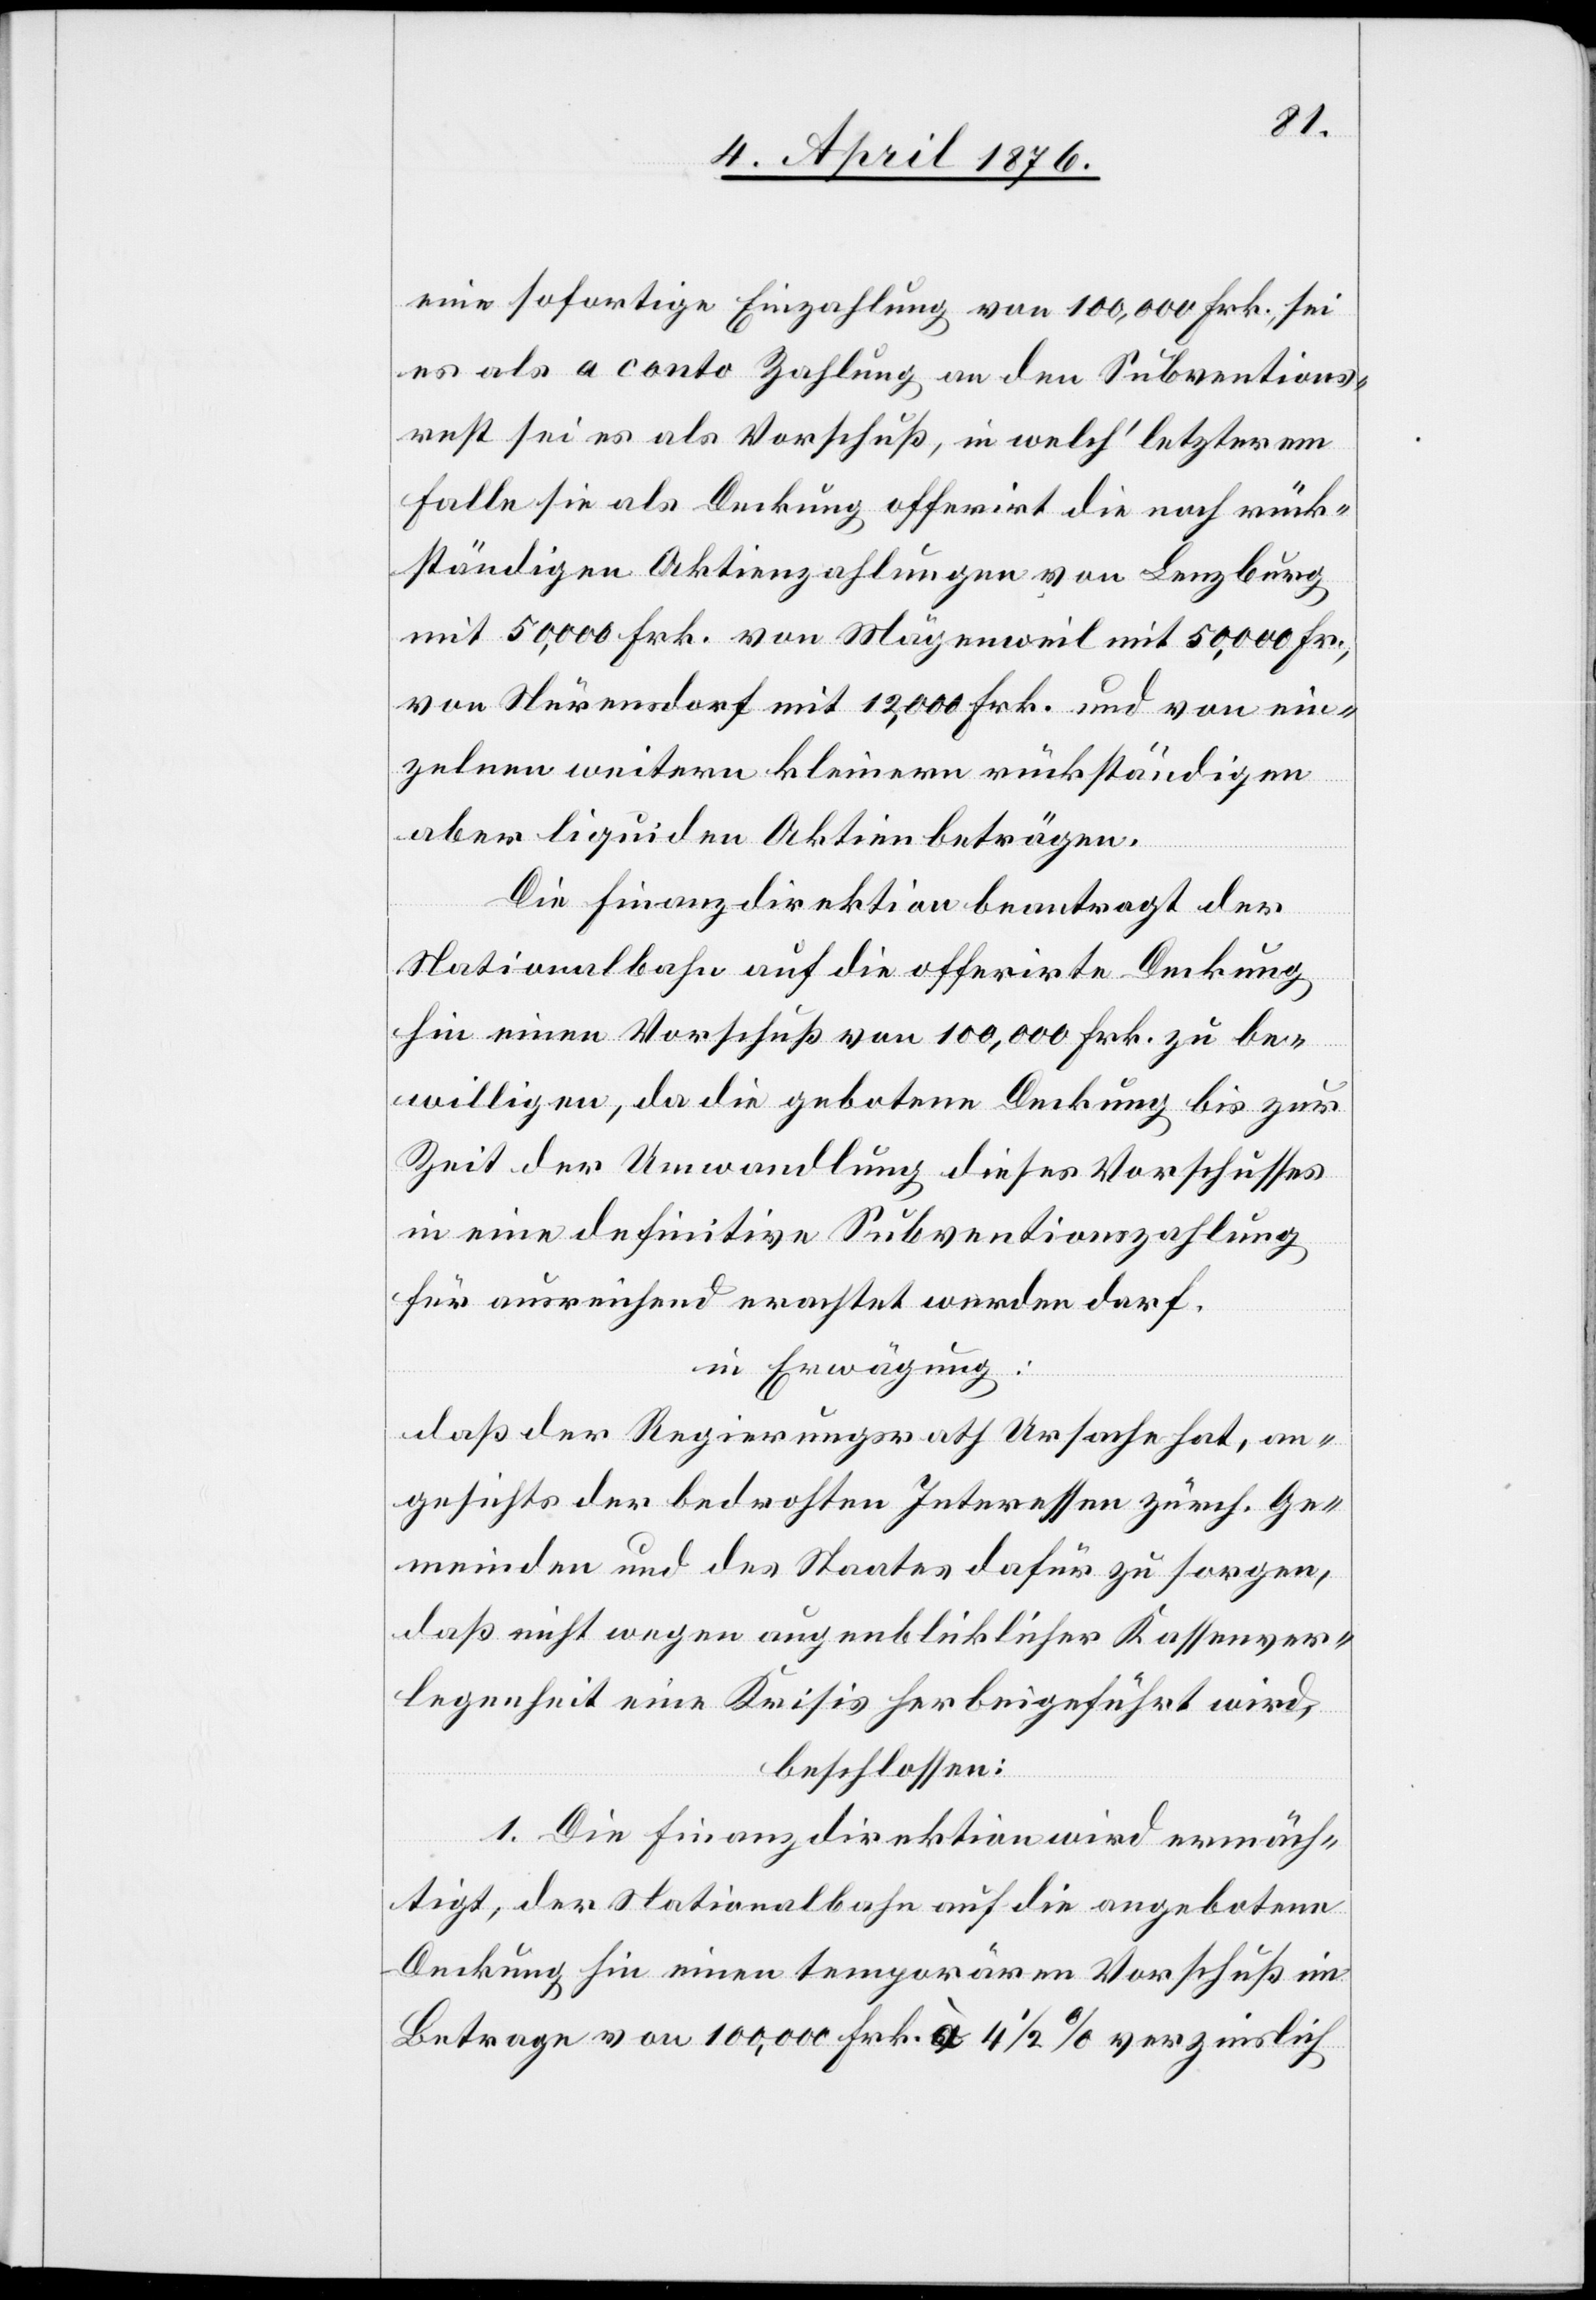
eine sofortige Einzahlung von 100,000 Frk., sei
es als a conto Zahlung an den Subventions¬
rest sei es als Vorschuß, in welch’ letzterm
Falle sie als Deckung offerirt die noch rück¬
ständigen Aktienzahlungen von Lenzburg
mit 50,000 Frk. von Mägenweil mit 50,000 Fr.,
von Närensdorf mit 12,000 Frk. und von ein¬
zelnen weitern kleinern rückständigen
aber liquiden Aktienbeträgen.
Die Finanzdirektion beantragt der
Nationalbahn auf die offerirte Deckung
hin einen Vorschuß von 100,000 Frk. zu be¬
willigen, da die gebotene Deckung bis zur
Zeit der Anwandlung dieses Vorschusses
in eine definitive Subventionszahlung
für ausreichend erachtet werden darf.
in Erwägung:
daß der Regierungsrath Ursache hat, an¬
gesichts der bedrohten Interessen zürch. Ge¬
meinden und des Staates dafür zu sorgen,
daß nicht wegen augenblicklicher Kassenver¬
legenheit eine Krisis herbeigeführt wird,
beschlossen:
1. Die Finanzdirektion wird ermäch¬
tigt, der Nationalbahn auf die angebotene
Deckung hin einen temporären Vorschuß im
Betrage von 100,000 Frk. à 4 1/2 % verzinslich